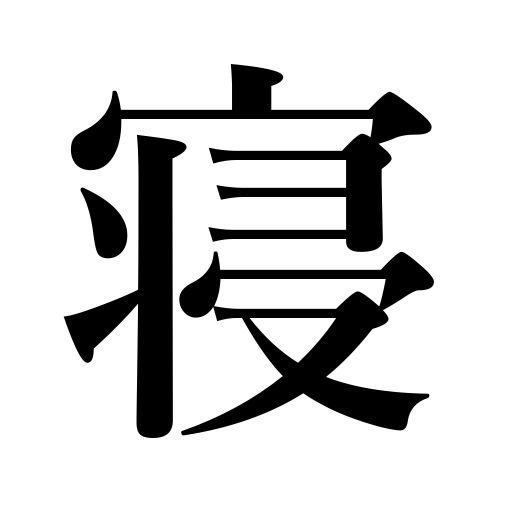
Meanings: sleeping,let lie idle,resting,send to bed,put to sleep,be bedridden,retire,lie idle,bed,lay down,remain unsold,lie down,sleep